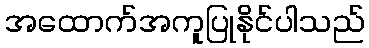
အထောက်အကူပြုနိုင်ပါသည်